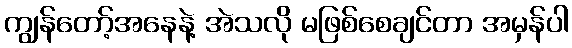
ကျွန်တော့်အနေနဲ့ အဲသလို မဖြစ်စေချင်တာ အမှန်ပါ